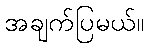
အချက်ပြမယ်။